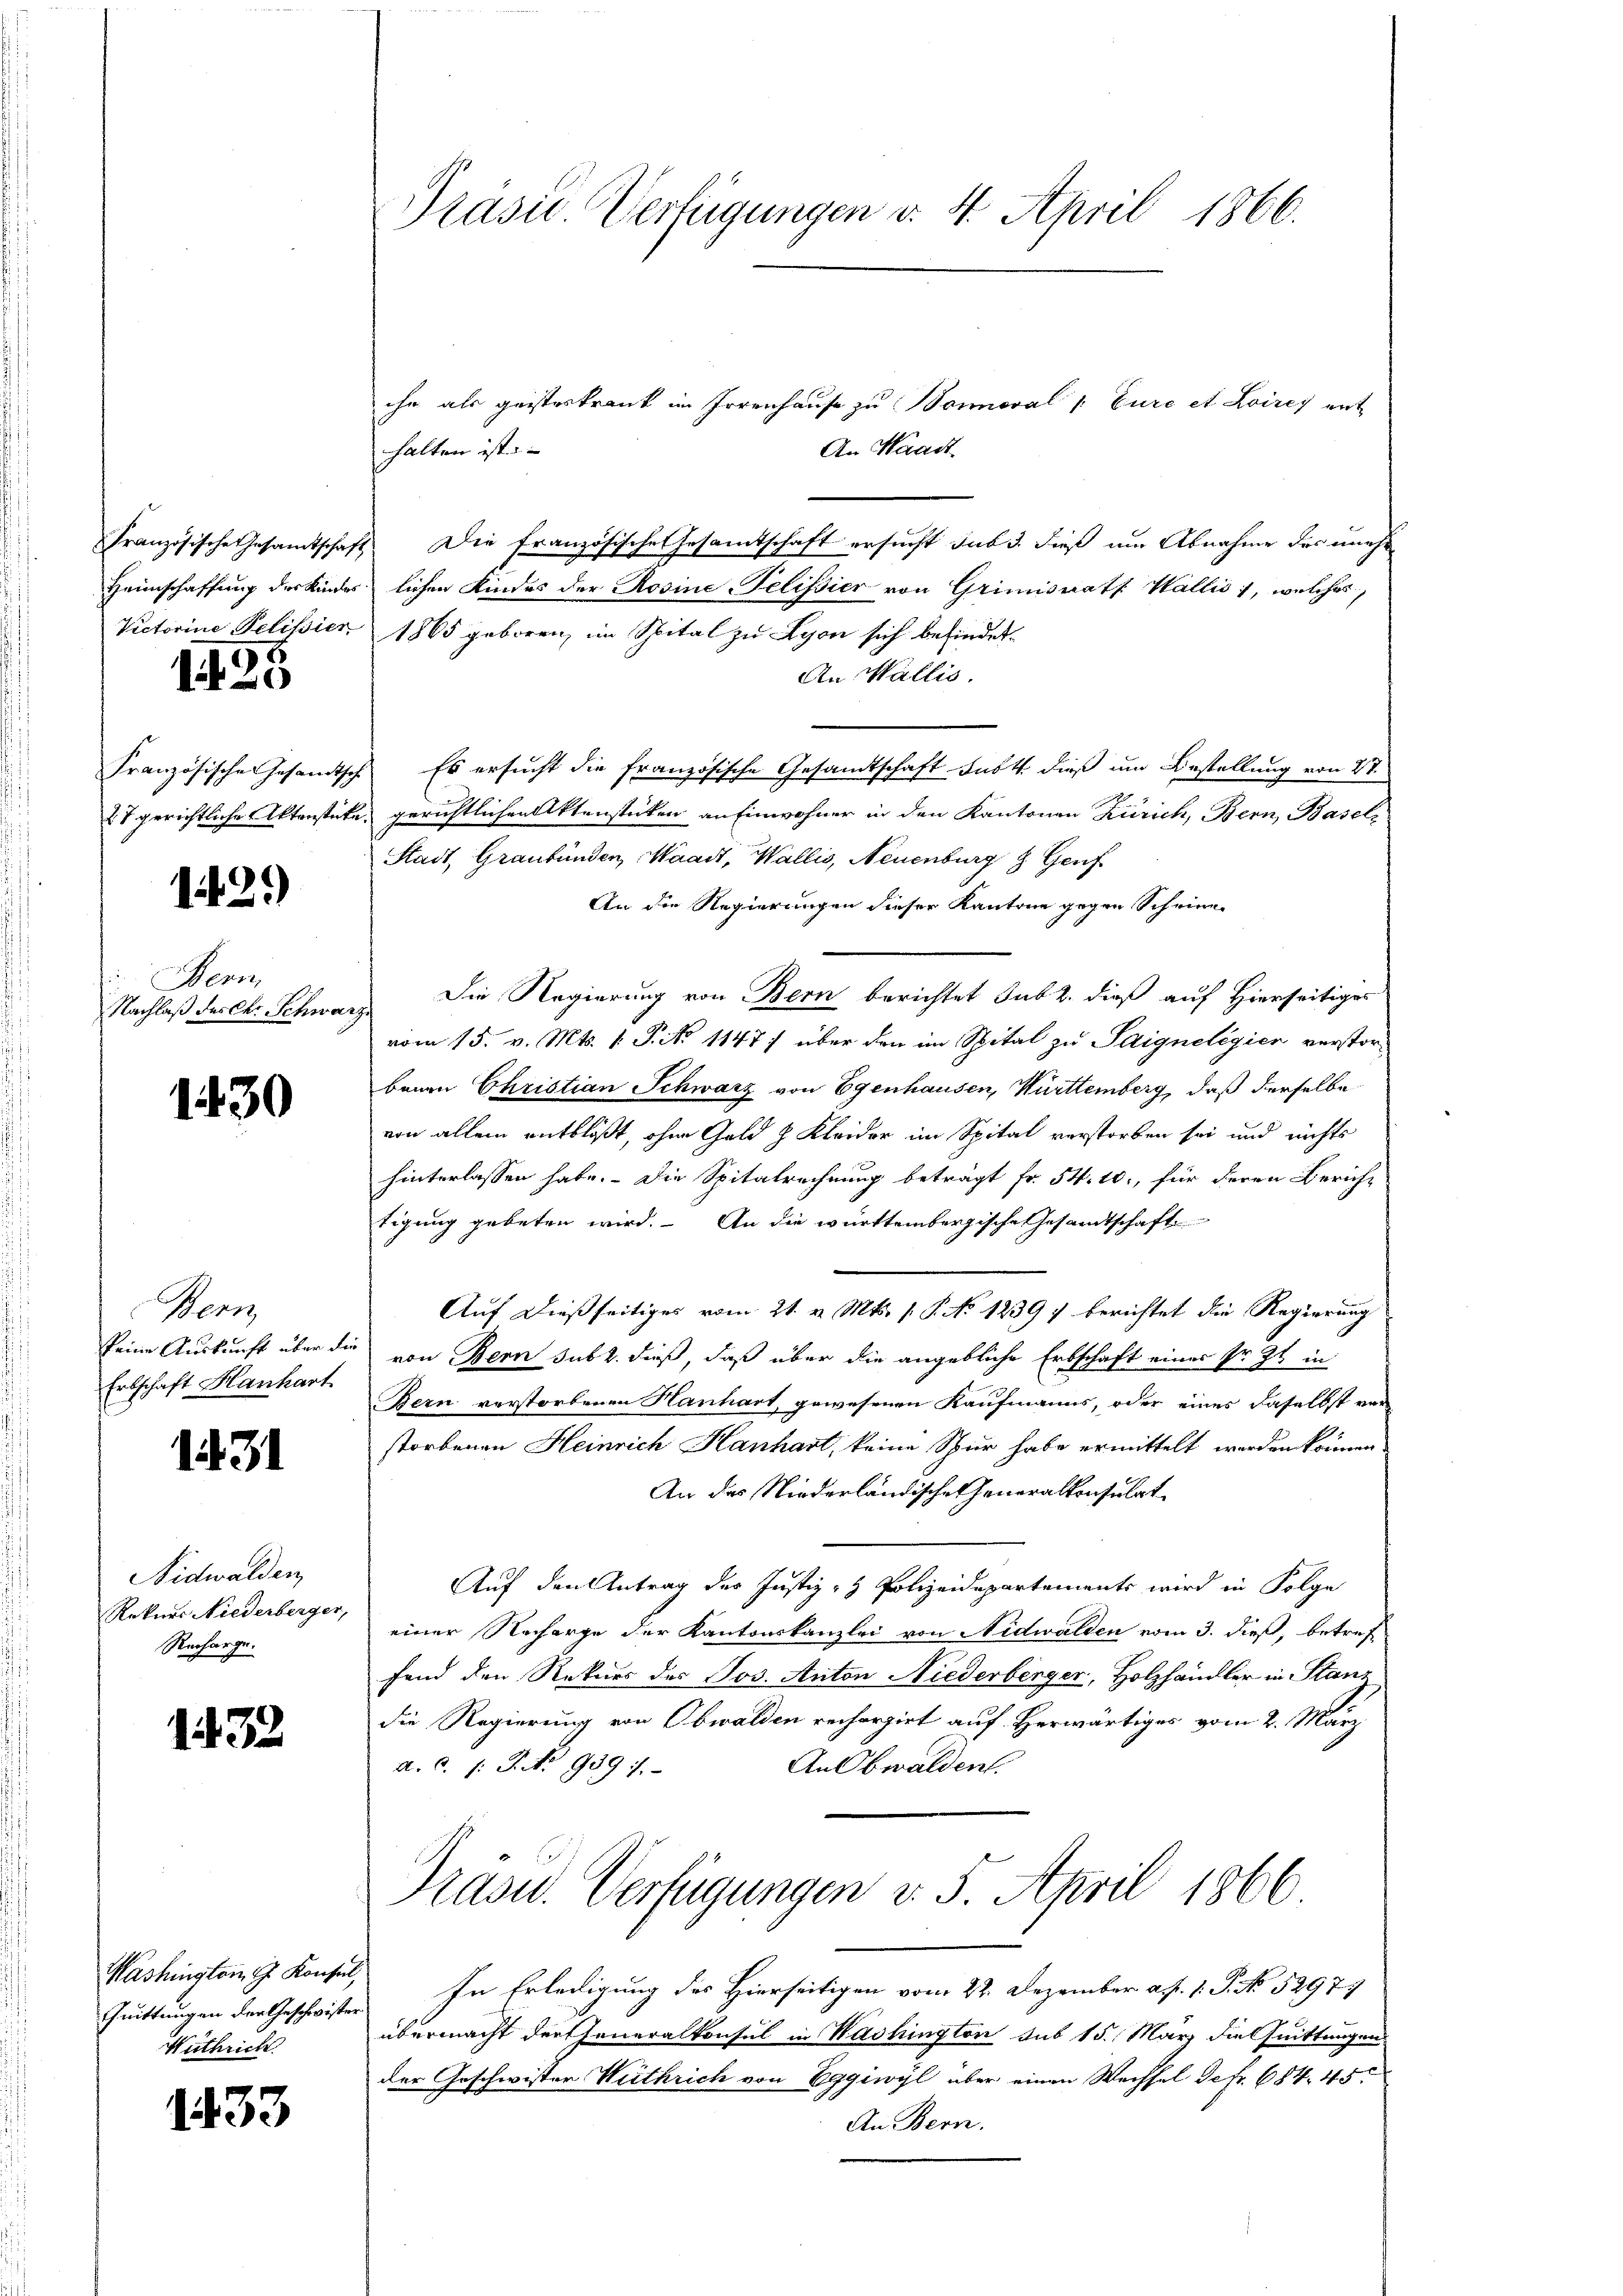
Französische Gesamtschaft
Heimschaffung des Kindes
Victorine Pelisier

15

Französischen Gesandtsch
27 gerichtliche Aktenstet

1429)

Bern,
Nachlaß der Chr. Schwarz

1430

Bern,
skeine Auskunft über da
Erbschaft Hanhart.

1431

Nidwalden
Rekurs Niederberger,
Recharge.

32

Mashington G. Konsul,
Quittungen der Geschwister
Withrich.

133

Präsie Verfügungen v. 4. April 1866.

ihr als geisteskrank im Irrenhause zu Sonneral /: Eure et Loires ert
An Waadt
halten ist.
Die Französisches Gesamtschaft ersucht sub 3. dieß um Abnahme des unehe
lichen Kindes der Rosine Pelissier von Grimisrath Wallis, welches
1865 geboren, im Spital zu Lyon sich befindet.
An Wallis.
Es ersucht die französische Gesandtschaft Fast dieß um Bestellung von St.
gerichtlichen Aktenstücken an Einwohner in den Kantonen Zürich, Bern, Baseli
Stadt Graubünden, Waadt, Wallis, Neuenburg & Genf
An die Regierungen dieser Kantone gegen Scheine
Die Regierung von Bern berichtet sub 2. dieß auf Hierseitiges
vom 15. v. Mts. v. Tit. 1147) über den im Spital zu Saigneligier verstorbenau Christian Schwarz von Egenhausen, Württemberg, daß derselbe
von allem entblößt, ohne Geld h Kleider im Spital verstorben sei und nichts
hinterlassen habe. Die Spitalrechnung beträgt Fr. 54. 10, für deren Bericht
tigung gebeten wird. An die württembergische Gesamtschaft
Auf dießseitiges vom 21. v. Mts. 1. P. No 1239) berichtet die Regierung
von Bern sub 2. dieß, daß über die angebliche Erbschaft eines sr. Zt. in
Bern verstorbenen Hanhart, gewesenen Kaufmanns, oder eines daselbst vor
storbenen Heinrich Hanhart, keine Spur habe ermittelt werden können
An das Niederländischen Generalkonsulat
Auf den Antrag der Justiz- & Polizeidepartements wird in Folge
einer Nacharge der Kantonskanzlei von Nidwalden vom 3. dieß, betreffand den Rekurs des Jos. Anton Niederberger, Holzhändler in Stans
die Regierung von Obwalden recherzirt auf Herwärtiges vom 2. März
An Obwalden.
d. d. J. J. No 9391.
Präsid.. Verfügungen v. 5. April 1866
In Erledigung des Hierseitigen vom 22. Dezember a. p. 1. P. No. 52979
übermacht der Generalkonsul in Washington sub 15. März die Quittungen
der Geschwister Weithrich von Eggiwyl aber einen Wechsel defr. 684. 45
An Bern.